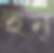
ইন্